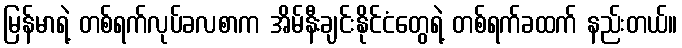
မြန်မာရဲ့ တစ်ရက်လုပ်ခလစာက အိမ်နီးချင်းနိုင်ငံတွေရဲ့ တစ်ရက်ခထက် နည်းတယ်။